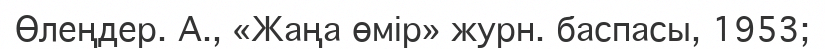
Өлеңдер. А., «Жаңа өмір» журн. баспасы, 1953;